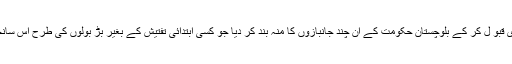
داعش خراسان زون نے اس حملے کی ذمہ داری قبو ل کر کے بلوچستان حکومت کے اُن چند جانبازوں کا منہ بند کر دیا جو کسی ابتدائی تفتیش کے بغیر بڑ بولوں کی طرح اس سانحے کا ذمہ دار بی ایل اے کو ٹھہر ا رہے تھے۔